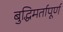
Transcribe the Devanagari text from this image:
बुद्धिमर्तापूर्ण